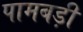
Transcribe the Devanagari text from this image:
पामबड़ी